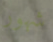
شهور